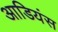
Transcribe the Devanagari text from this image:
आडियंस